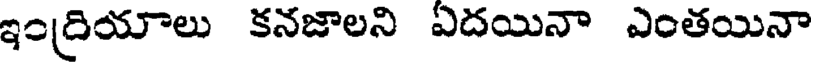
ఇంద్రియాలు కనజాలని ఏదయినా ఎంతయినా